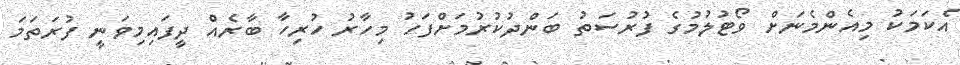
އެކަމަކު މިއެންމެނަށް ވޯޓުލުމުގެ ފުރުސަތު ބަންދުކުރުމަށްފަހު މިހާރު ހުރިހާ ބާރެއް ދީފައިމިވަނީ ފުރަތަމަ